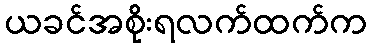
ယခင်အစိုးရလက်ထက်က